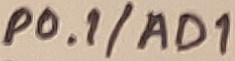
Text: P0.1/AD1